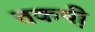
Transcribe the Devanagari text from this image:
तकष़ी